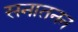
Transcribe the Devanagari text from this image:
सनातनन